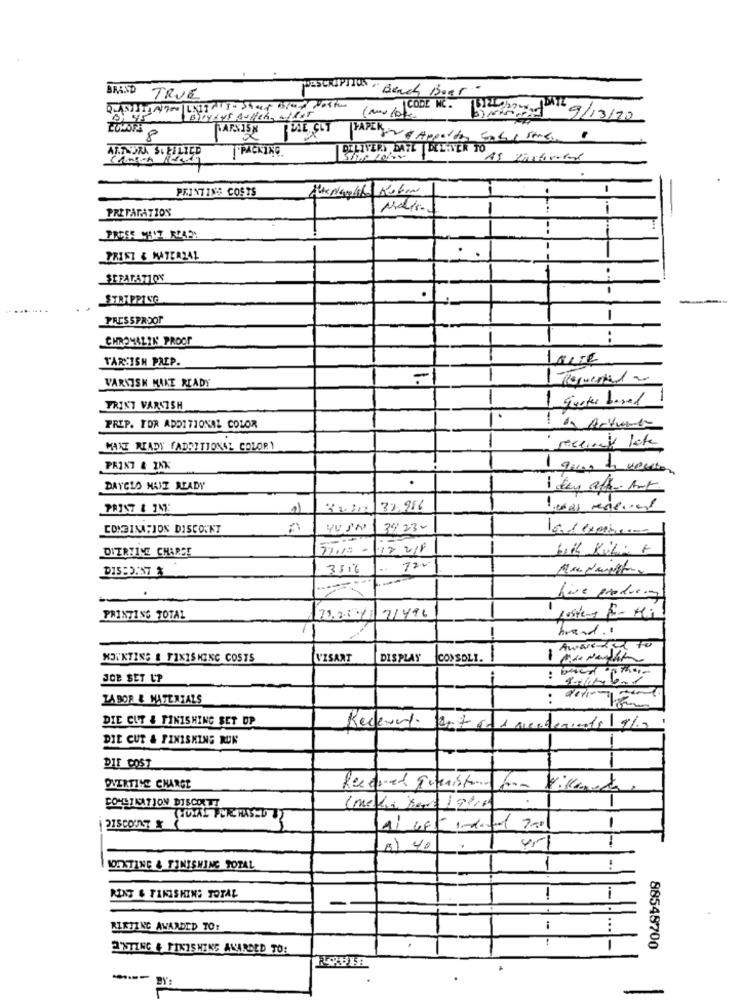
BRAND
DESCRIPTION " Beach Beer-
TRUE
(ms/CODE NC.
Under DI 9/13/20
8
PAPER Apporter Easy some
PACKING
ARTURA SUKILI
DELIVERY DATE DELIVER TO AS PONton
PRINTINS COSTS
PREPARATION
-
1
1
..
-- --
PRINT & MATERIAL
----
.
SEPARATION
STRIPPING
.
PRESSPROOF
-
CHROMALIK PROOF
:
TARNISH PREP.
lave
VARNISH MAKE READY
1 queter based
PRINT VARNISH
PREP. FOR ADDITIONAL COLOR
1 & Artuna
-
MAIT RIADY FADDITIONAL COLORY
receivedy lote
PRINT & INK
1 goog ho veston
DAYGLO MAIZ ALADY
1 day att Ant
-
COMBINA;JON DISCOUNT
34230
DITRTINE CHARGE
77.12 -
17 218
D15:5:57 %
3516
120
PRINTING TOTAL
73,31/1 7/996
brand ..
Aware to
HOWKTINS & FINISHING COSTS
VISANT
DISPLAY
CONSOLI.
-
JOB SET L'P
TABOR & MATERIALS
:
DIE CUT & FINISHING SET UP
Redemed out on A mederiets 9/9
DIE CUT & FINISHING RUN
DIE COST
OVERTIME CHARGE
Rescued Interista form Villano
CONSTKATION DISCOETT
DISCOUNT
1/ 6ft inditel 7-01
1
8) 40
NOIXTING & TINISWING TOTAL
:
RINT & FINISHING TOTAL
i
RIKTING AWARDED TO:
1
...
ANTING & FINISHING AWARDED TO:
-
88548700
---
BY':